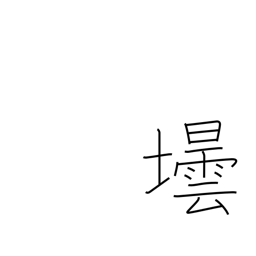
Meaning: bottle